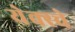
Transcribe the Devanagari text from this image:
येक्स्चे